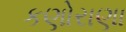
કણોરાણા